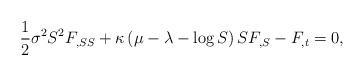
LaTeX: \begin{align*}\frac{1}{2}\sigma ^{2}S^{2}F_{,SS}+\kappa \left( \mu -\lambda -\log S\right)SF_{,S}-F_{,t}=0, \end{align*}